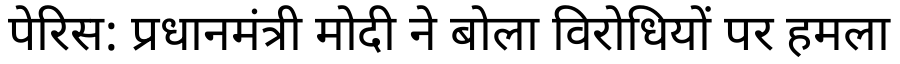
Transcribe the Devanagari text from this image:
पेरिस: प्रधानमंत्री मोदी ने बोला विरोधियों पर हमला